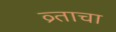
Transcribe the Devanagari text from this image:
व्र्ताचा